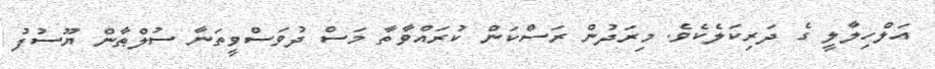
އަލްހިލާލީ ގެ ދަރިކަލެކެވެ. މިރަދުން ރަސްކަން ކުރައްވާތާ މަސް ދުވަސްވީތަނާ ސުލްޠާން ޔޫސުފު